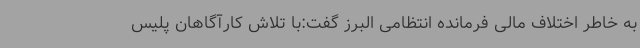
به خاطر اختلاف مالی فرمانده انتظامی البرز گفت:با تلاش کارآگاهان پلیس